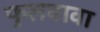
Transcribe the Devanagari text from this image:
फुलवावा